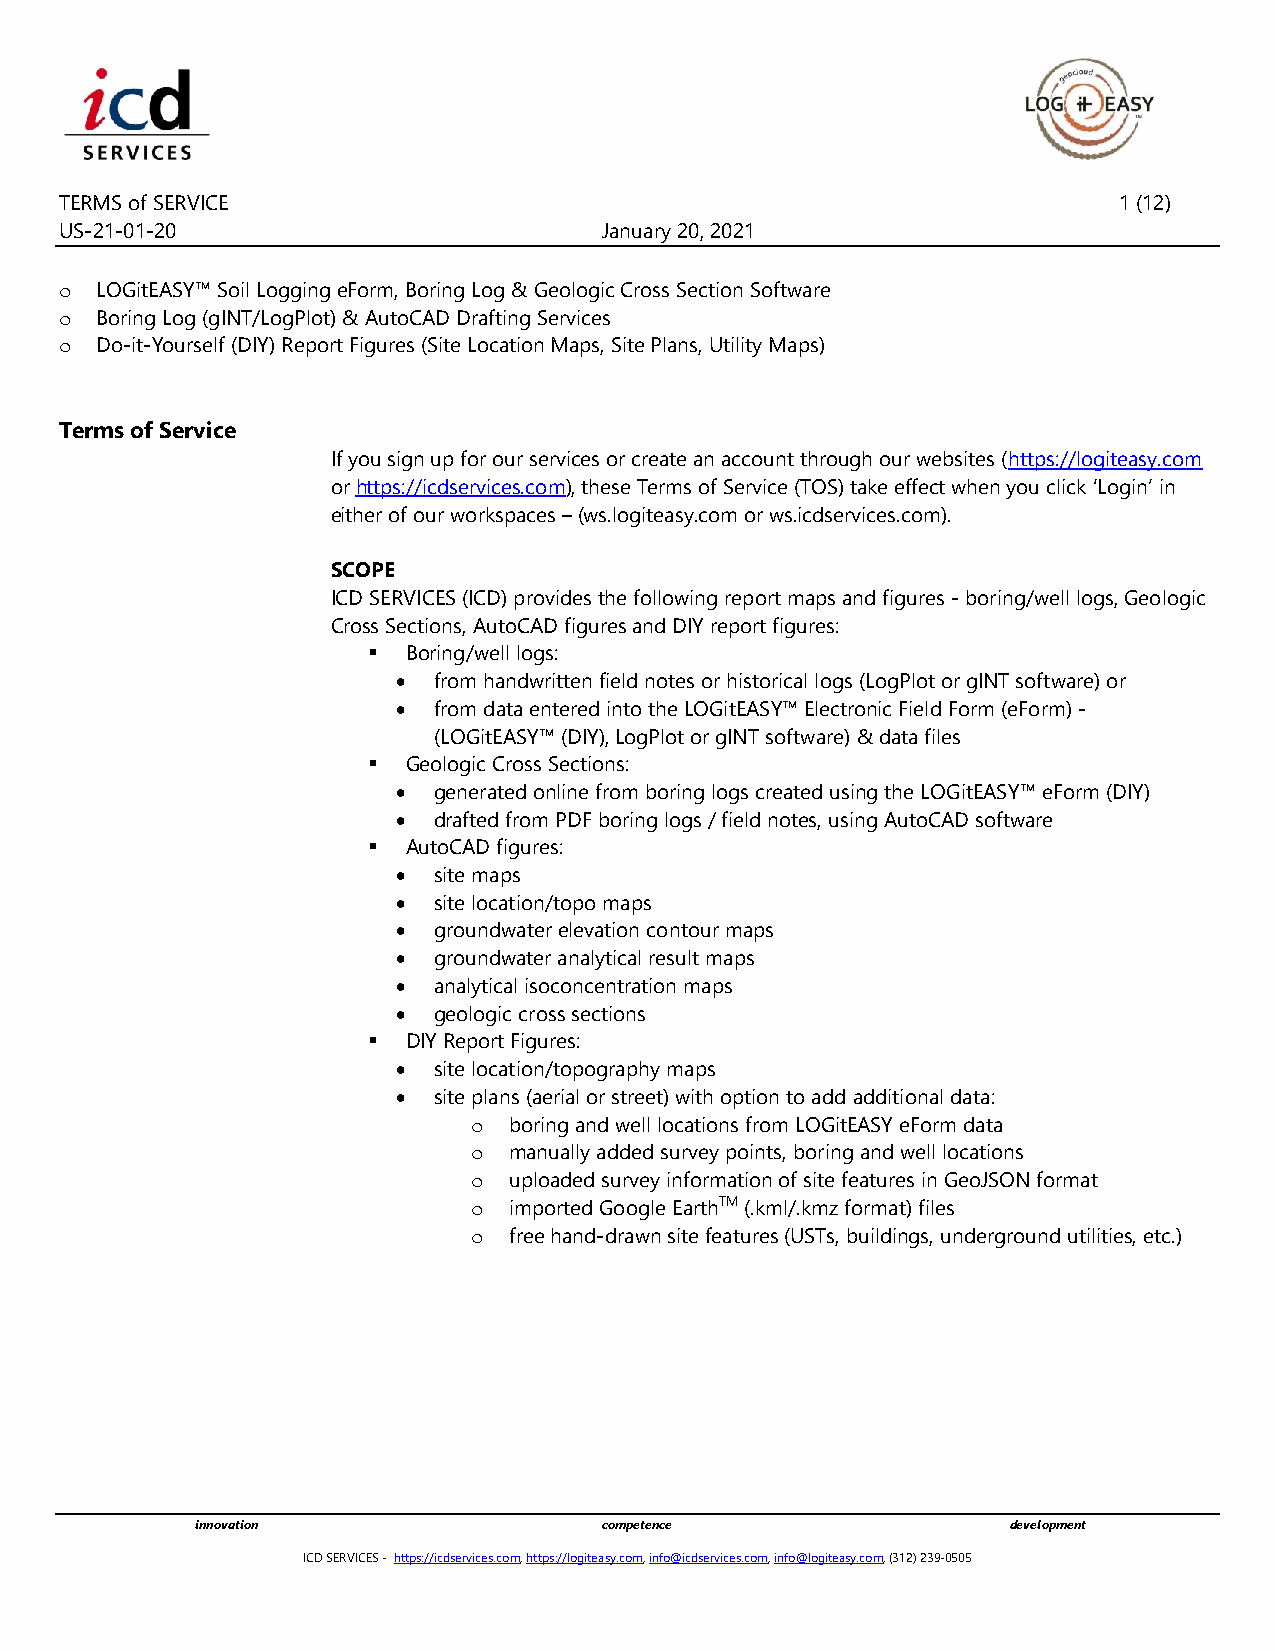
TERMS of SERVICE                                                      1 (12)
 US-21-01-20                         January 20, 2021
 o LOGitEASY™ Soil Logging eForm, Boring Log & Geologic Cross Section Software
 o Boring Log (gINT/LogPlot) & AutoCAD Drafting Services
 o Do-it-Yourself (DIY) Report Figures (Site Location Maps, Site Plans, Utility Maps)
 Terms of Service
 If you sign up for our services or create an account through our websites (https://logiteasy.com
 or https://icdservices.com), these Terms of Service (TOS) take effect when you click ‘Login’ in
 either of our workspaces – (ws.logiteasy.com or ws.icdservices.com).
 SCOPE
 ICD SERVICES (ICD) provides the following report maps and figures - boring/well logs, Geologic
 Cross Sections, AutoCAD figures and DIY report figures:
 ▪  Boring/well logs:
 •  from handwritten field notes or historical logs (LogPlot or gINT software) or
 •  from data entered into the LOGitEASY™ Electronic Field Form (eForm) -
 (LOGitEASY™ (DIY), LogPlot or gINT software) & data files
 ▪  Geologic Cross Sections:
 •  generated online from boring logs created using the LOGitEASY™ eForm (DIY)
 •  drafted from PDF boring logs / field notes, using AutoCAD software
 ▪  AutoCAD figures:
 •  site maps
 •  site location/topo maps
 •  groundwater elevation contour maps
 •  groundwater analytical result maps
 •  analytical isoconcentration maps
 •  geologic cross sections
 ▪  DIY Report Figures:
 •  site location/topography maps
 •  site plans (aerial or street) with option to add additional data:
 o  boring and well locations from LOGitEASY eForm data
 o  manually added survey points, boring and well locations
 o  uploaded survey information of site features in GeoJSON format
 o  imported Google EarthTM (.kml/.kmz format) files
 o  free hand-drawn site features (USTs, buildings, underground utilities, etc.)
 innovation                 competence                 development
 ICD SERVICES - https://icdservices.com, https://logiteasy.com, info@icdservices.com, info@logiteasy.com, (312) 239-0505